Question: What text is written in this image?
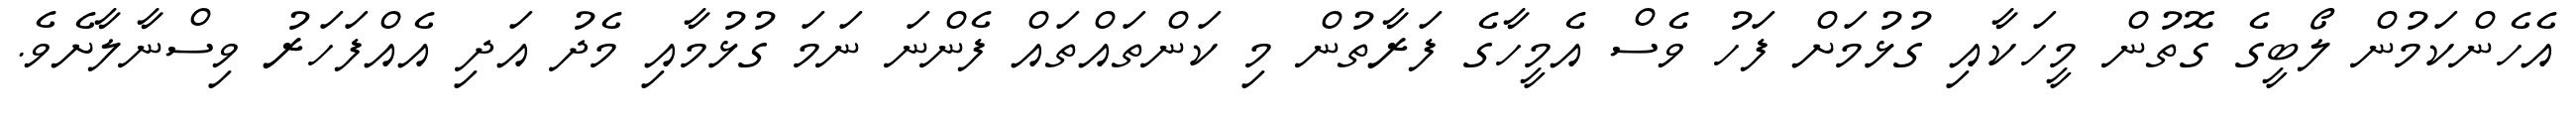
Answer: އެހެންކަމުން ލޯބީގެ ގޮތުން މީހަކާއި ގުޅުމަށް ފަހު ވެސް އެމީހާގެ ފަރާތުން މި ކަންތައްތައް ފެންނަ ނަމަ ގުޅުމާއި މެދު އަދި އެއްފަހަރު ވިސްނާލާށެވެ.